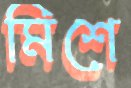
মিশে